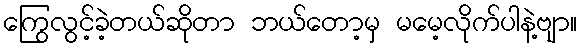
ကြွေလွင့်ခဲ့တယ်ဆိုတာ ဘယ်တော့မှ မမေ့လိုက်ပါနဲ့ဗျာ။